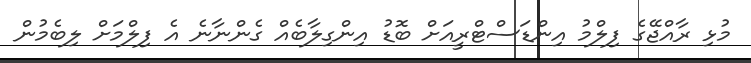
މުޅި ރާއްޖޭގެ ފިލްމު އިންޑަސްޓްރީއަށް ބޮޑު އިންގިލާބެއް ގެންނާނެ އެ ފިލްމަށް ލިބެމުން